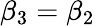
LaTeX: \beta_{3}=\beta_{2}